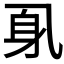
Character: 𲄗